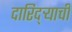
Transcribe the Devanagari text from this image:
दारिद्ऱ्याची